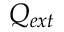
Q _ { e x t }